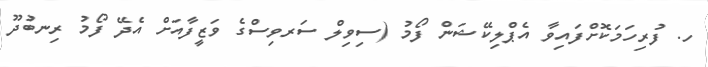
ހ. ފުރިހަމަކޮށްފައިވާ އެޕްލިކޭޝަން ފޯމު (ސިވިލް ސަރވިސްގެ ވަޒީފާއަށް އެދޭ ފޯމު ރިނބުދޫ